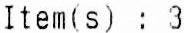
ITEM(S) : 3